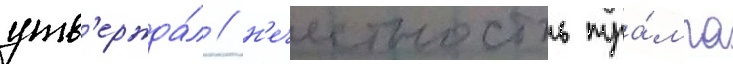
утв'ержда́л / н'ечестность тра́мпа